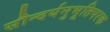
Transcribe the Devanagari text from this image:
सौन्दर्यनुभूतिपरक